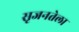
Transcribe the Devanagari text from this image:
सृजनतेला